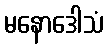
မနောဒေါသံ